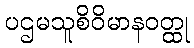
ပဌမသူစိဝိမာနဝတ္ထု